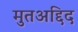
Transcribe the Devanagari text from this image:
मुतअद्दिद